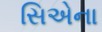
સિએના